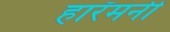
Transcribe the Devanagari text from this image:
हारॅमनी